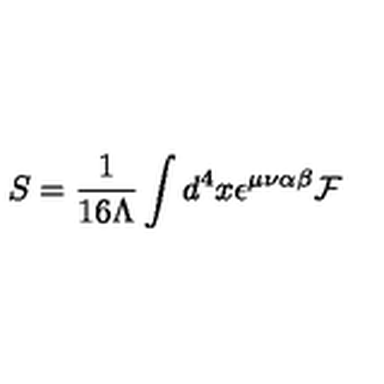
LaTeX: S = \frac 1 { 1 6 \Lambda } \int d ^ { 4 } x { } \epsilon ^ { \mu \nu \alpha \beta } { } { \cal F }